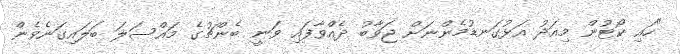
"ހައި ކޯޓުން މިއަދު އަޅުގަނޑުމެންނަށް ޖަވާބު ދެއްވާފައި ވަނީ ބެންޗުގެ މައްސަލަ ބަލައިގަނެވެން